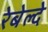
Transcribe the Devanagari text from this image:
रेबेल्दे